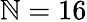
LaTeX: \mathbb{N}=16